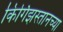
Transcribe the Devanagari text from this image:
किर्गिझस्तानच्या